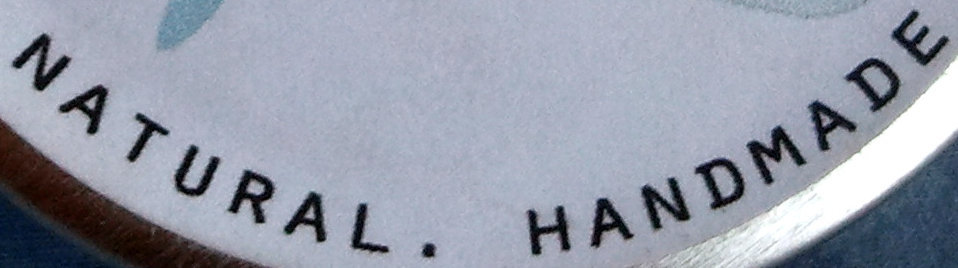
NATURAL. HANDMADE